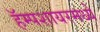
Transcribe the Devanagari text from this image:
हॅम्पशायरमध्ये